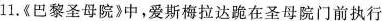
11.《巴黎圣母院》中，爱斯梅拉达跪在圣母院门前执行